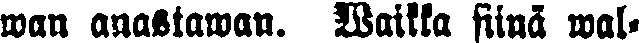
wan anastawan. Waikka siinä wal-